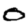
Digit: 0